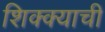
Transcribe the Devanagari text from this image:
शिक्क्याची